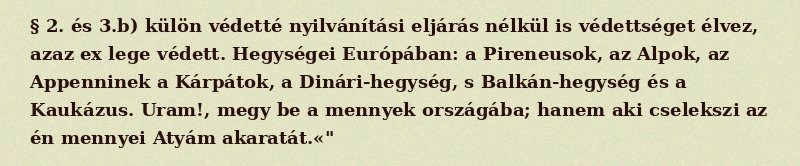
§ 2. és 3.b) külön védetté nyilvánítási eljárás nélkül is védettséget élvez, azaz ex lege védett. Hegységei Európában: a Pireneusok, az Alpok, az Appenninek a Kárpátok, a Dinári-hegység, s Balkán-hegység és a Kaukázus. Uram!, megy be a mennyek országába; hanem aki cselekszi az én mennyei Atyám akaratát.«"